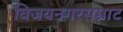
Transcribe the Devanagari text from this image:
विजयनगरसम्राट